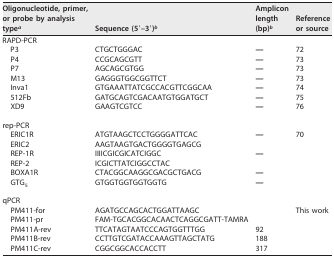
| Oligonucleotide, primer, or probe by analysis typea | Sequence (5′–3′)b | Amplicon length (bp)b | Reference or source |
 | --- | --- | --- | --- |
 | RAPD-PCR |  |  |  |
 | P3 | CTGCTGGGAC | — | 72 |
 | P4 | CCGCAGCGTT | — | 73 |
 | P7 | AGCAGCGTGG | — | 73 |
 | M13 | GAGGGTGGCGGTTCT | — | 73 |
 | Inva1 | GTGAAATTATCGCCACGTTCGGCAA | — | 74 |
 | 512Fb | GATGCAGTCGACAATGTGGATGCT | — | 75 |
 | XD9 | GAAGTCGTCC | — | 76 |
 | rep-PCR |  |  |  |
 | ERIC1R | ATGTAAGCTCCTGGGGATTCAC | <ROWSPAN=2> — | <ROWSPAN=7> 70 |
 | ERIC2 | AAGTAAGTGACTGGGGTGAGCG |
 | REP-1R | IIIICGICGICATCIGGC | <ROWSPAN=2> — |
 | REP-2 | ICGICTTATCIGGCCTAC |
 | BOXA1R | CTACGGCAAGGCGACGCTGACG | — |
 | GTG5 | GTGGTGGTGGTGGTG | — |
 | qPCR |  |  |
 | PM411-for | AGATGCCAGCACTGGATTAAGC |  | <ROWSPAN=5> This work |
 | PM411-pr | FAM-TGCACGGCACAACTCAGGCGATT-TAMRA |  |
 | PM411A-rev | TTCATAGTAATCCCAGTGGTTTGG | 92 |
 | PM411B-rev | CCTTGTCGATACCAAAGTTAGCTATG | 188 |
 | PM411C-rev | CGGCGGCACCACCTT | 317 |